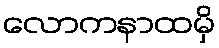
လောကနာထမှိ